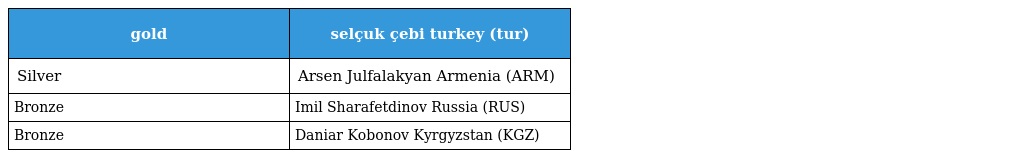
| gold | selçuk çebi turkey (tur) |
 | --- | --- |
 | Silver | Arsen Julfalakyan Armenia (ARM) |
 | Bronze | Imil Sharafetdinov Russia (RUS) |
 | Bronze | Daniar Kobonov Kyrgyzstan (KGZ) |